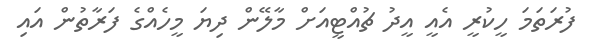
ފުރަތަމަ ހީކުރީ އެއީ އީދު ޗުއްޓީއަށް މާލޭން ދިޔަ މީހެއްގެ ފަރާތުން އައި